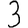
Digit: 3